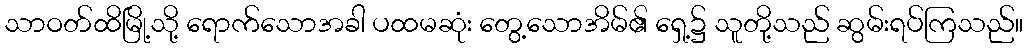
သာဝတ်ထိမြို့သို့ ရောက်သောအခါ ပထမဆုံး တွေ့သောအိမ်၏ ရှေ့၌ သူတို့သည် ဆွမ်းရပ်ကြသည်။